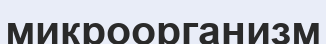
микроорганизм